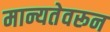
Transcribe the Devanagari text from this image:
मान्यतेवरून